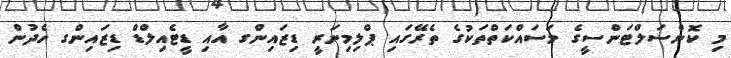
މި ކޮންސަލްޓަންސީގެ މަސައްކަތްތަކުގެ ތެރޭގައި ޕްލިމިނަރީ ޑިޒައިންގ އާއި ޑީޓެއިލްޑް ޑިޒައިންގ ހެދުން